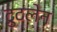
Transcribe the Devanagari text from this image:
ट्रुटलेन